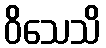
ဝိသေသိ